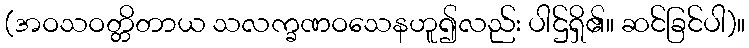
(အဝသဝတ္တိတာယ သလက္ခဏဝသေနဟူ၍လည်း ပါဌ်ရှိ၏။ ဆင်ခြင်ပါ)။